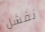
نفشل